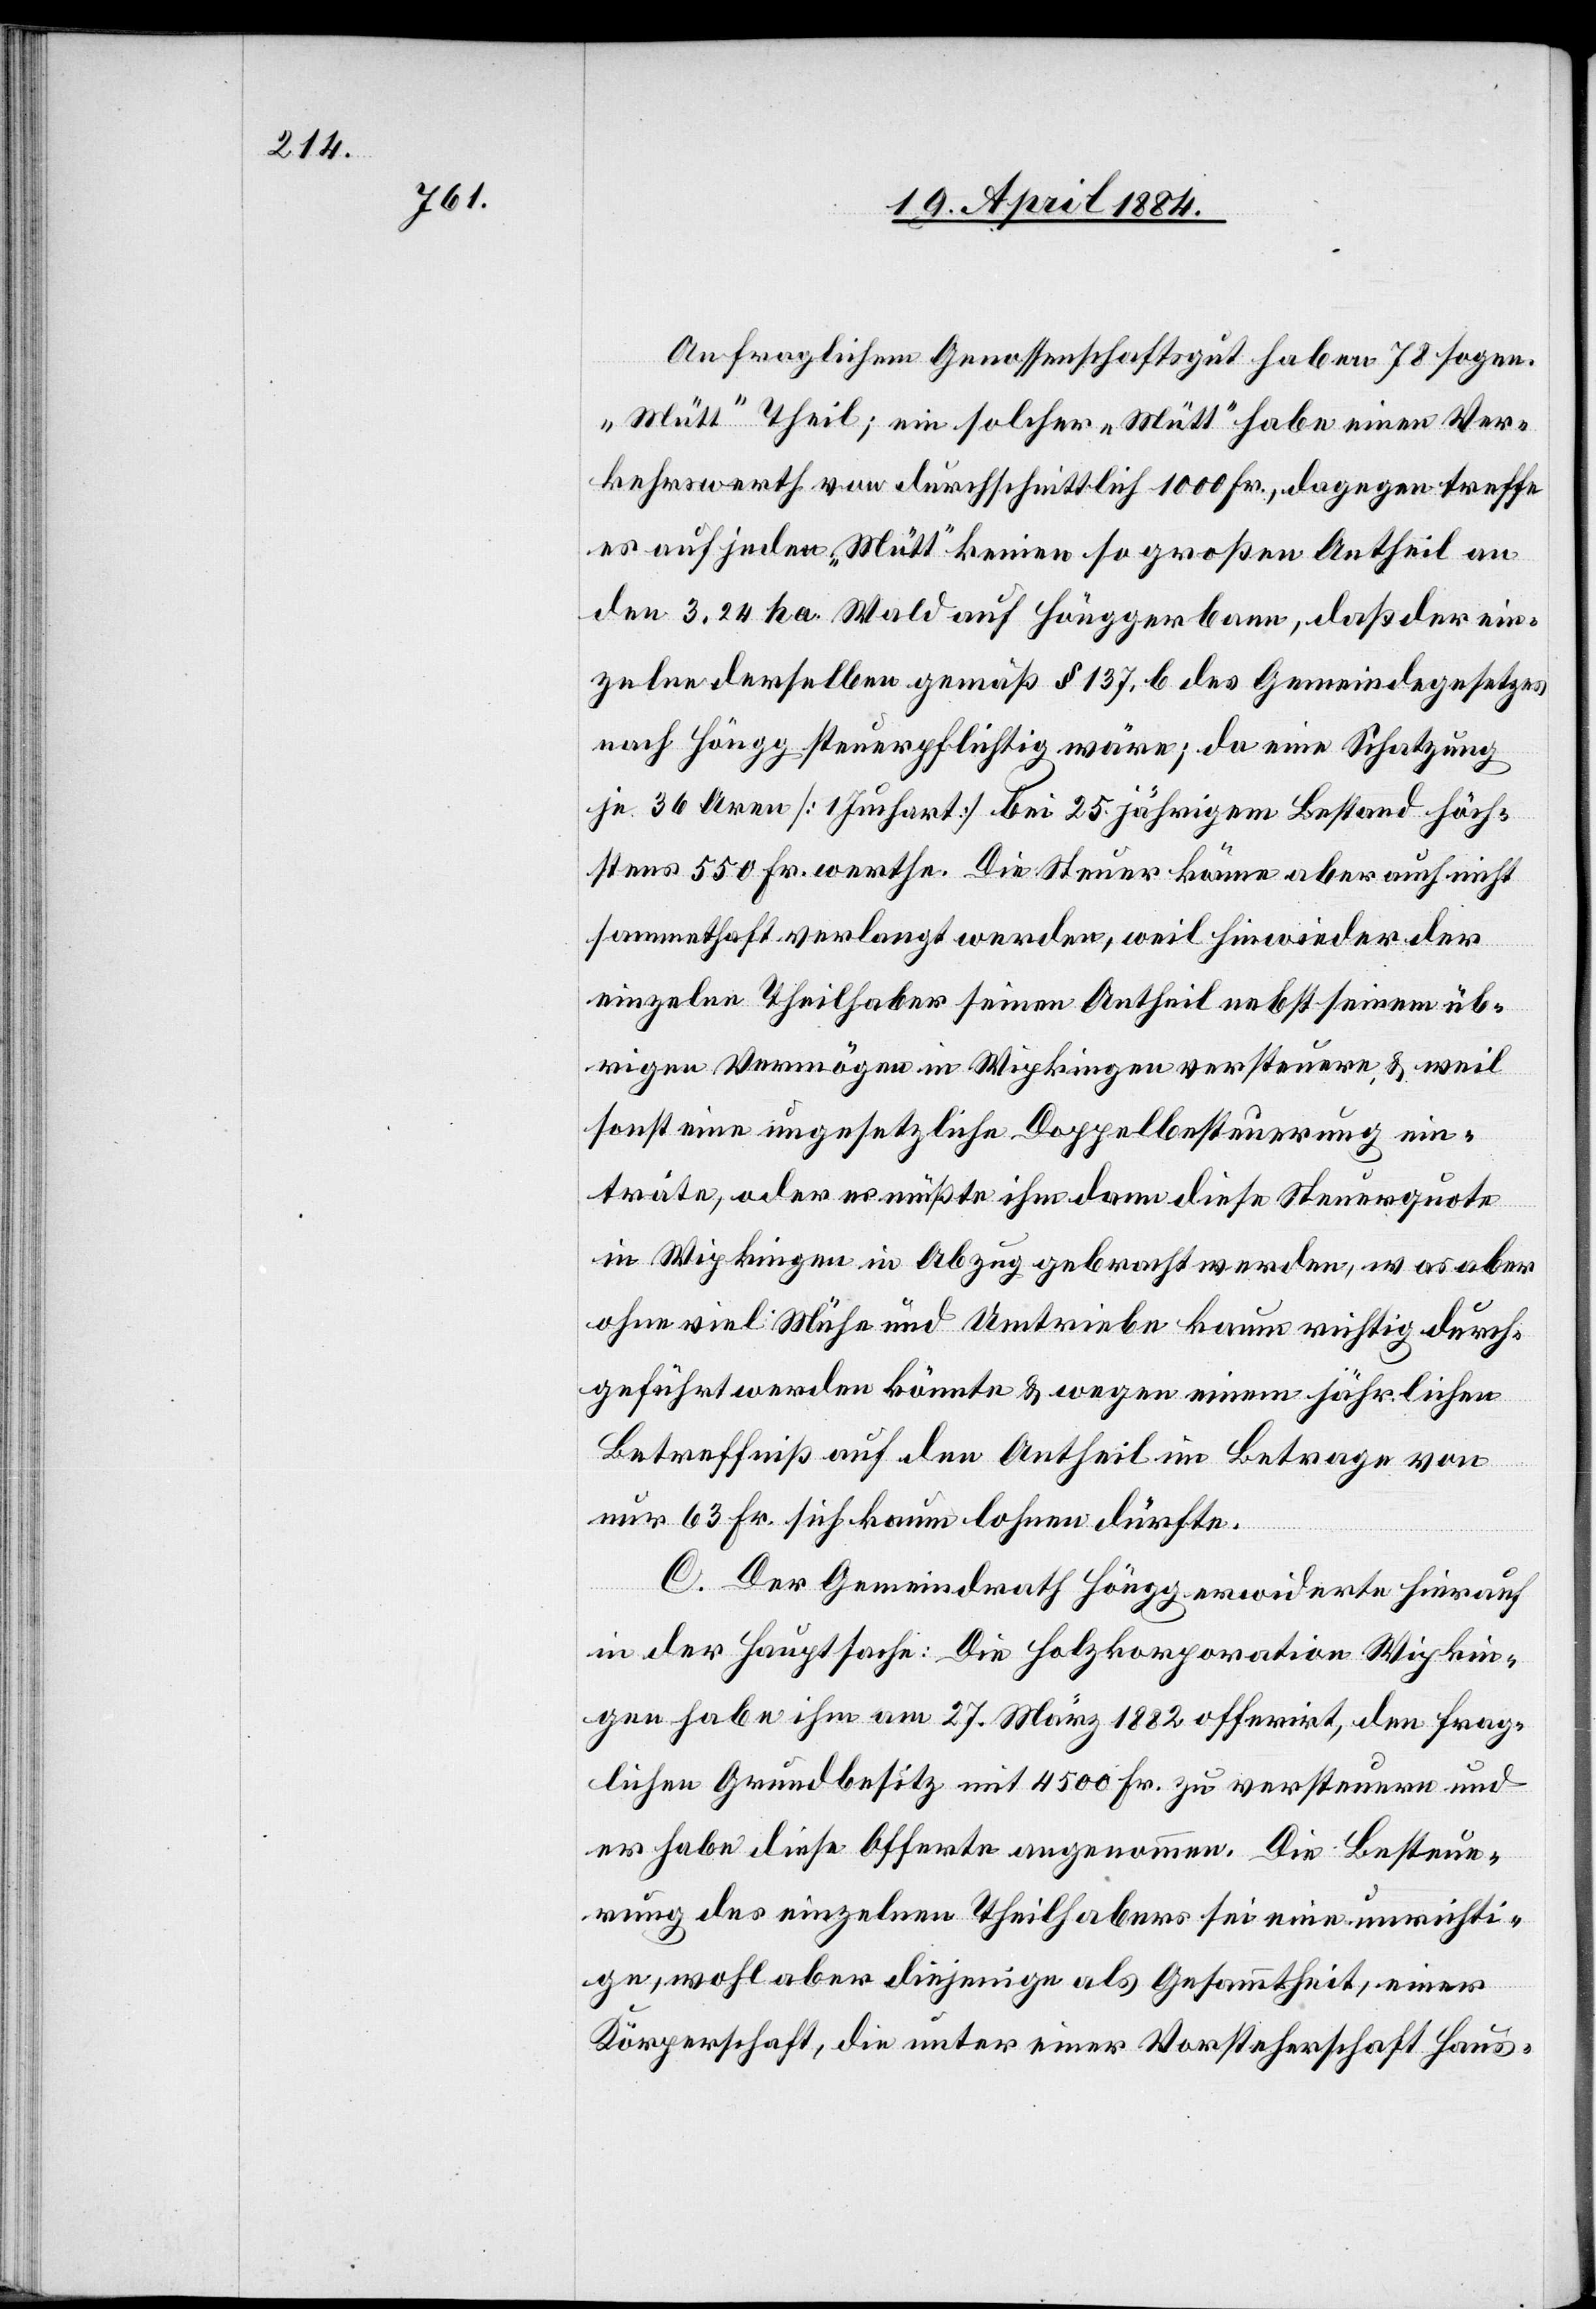
An fraglichem Genossenschaftsgut haben 78 sogen.
„Mütt“ theil; ein solcher „Mütt“ habe einen Ver¬
kehrswerth von durchschnittlich 1000 Fr., dagegen treffe
es auf jeden „Mütt“ keinen so großen Antheil an
den 3,24 ha Wald auf Hönggerbann, daß der ein¬
zelne derselben gemäß § 137, b des Gemeindegesetzes
nach Höngg steuerpflichtig wäre; da eine Schatzung
je 36 Aren [1 Juchart] bei 25 jährigem Bestand höch¬
stens 550 Fr. werthe. Die Steuer könne aber auch nicht
sammenthaft verlangt werden, weil hinwieder der
einzelne Theilhaber seinen Antheil nebst seinem üb¬
rigen Vermögen in Wipkingen versteuere & weil
sonst eine ungesetzliche Doppelbesteuerung ein¬
träte, oder es müßte ihm dann diese Steuerquote
in Wipkingen in Abzug gebracht werden, was aber
ohne viel Mühe und Umtriebe kaum richtig durch¬
geführt werden könnte & wegen einem jährlichen
Betreffniß auf den Antheil im Betrage von
nur 63 Fr. sich kaum lohnen dürfte.
C. Der Gemeindrath Höngg erwiderte hierauf
in der Hauptsache: Die Holzkorporation Wipkin¬
gen habe ihm am 27. März 1882 offerirt, den frag¬
lichen Grundbesitz mit 4500 Fr. zu versteuern und
er habe diese Offerte angenommen. Die Besteue¬
rung des einzelnen Theilhabers sei eine unrichti¬
ge, wohl aber diejenige als Gesammtheit, einer
Körperschaft, die unter einer Vorsteherschaft Haus-